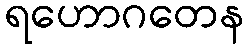
ရဟောဂတေန